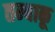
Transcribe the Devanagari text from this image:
तम्‍बाकू